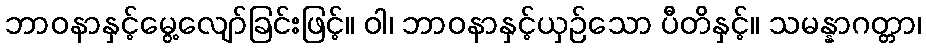
ဘာဝနာနှင့်မွေ့လျော်ခြင်းဖြင့်။ ဝါ၊ ဘာဝနာနှင့်ယှဉ်သော ပီတိနှင့်။ သမန္နာဂတ္တာ၊